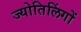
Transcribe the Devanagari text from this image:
ज्योतिलिंगों